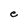
Character: e